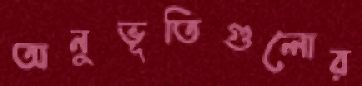
অনুভূতিগুলোর